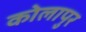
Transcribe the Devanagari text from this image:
कोलापुर